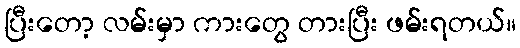
ပြီးတော့ လမ်းမှာ ကားတွေ တားပြီး ဖမ်းရတယ်။